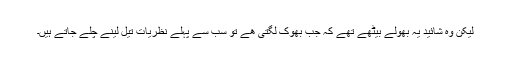
لیکن وہ شائید یہ بھولے بیٹھے تھے کہ جب بھوک لگتی ھے تو سب سے پہلے نظریات تیل لینے چلے جاتے ہیں۔